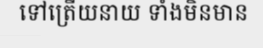
ទៅត្រើយនាយ ទាំងមិនមាន